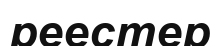
реестер